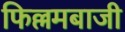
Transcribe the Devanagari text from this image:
फिल्लमबाजी